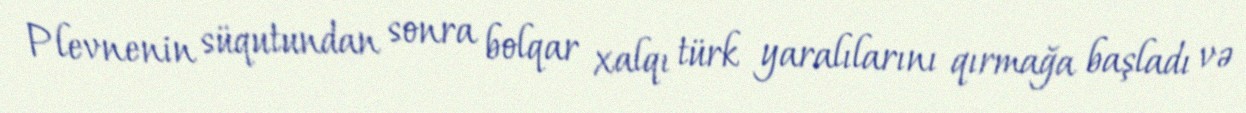
Plevnenin süqutundan sonra bolqar xalqı türk yaralılarını qırmağa başladı və